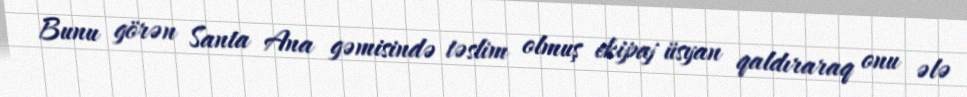
Bunu görən Santa Ana gəmisində təslim olmuş ekipaj üsyan qaldıraraq onu ələ